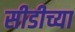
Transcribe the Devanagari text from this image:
सीडीच्या